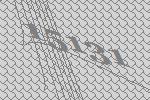
15131